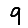
Digit: 9